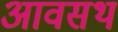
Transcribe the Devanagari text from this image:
आवसथ